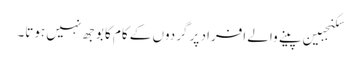
سکنجبین پینے والے افراد پر گردوں کے کام کا بوجھ نہیں ہوتا۔